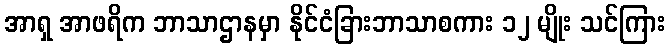
အာရှ အာဖရိက ဘာသာဌာနမှာ နိုင်ငံခြားဘာသာစကား ၁၂ မျိုး သင်ကြား